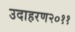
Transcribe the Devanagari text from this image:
उदाहरण२०११